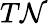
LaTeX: T\mathcal{N}